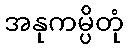
အနုကမ္ပိတုံ